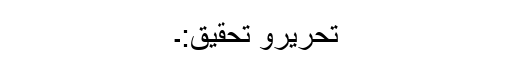
تحریرو تحقیق:۔